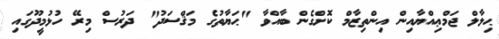
ޙިލާލް ޖަމްޢިއްޔާއިން އިންތިޒާމް ކޮށްގެން ބާއްވާ "ޙަޔާތުގެ މަޤްސަދު" ދަރުސް މިރޭ ހުޅުމީދޫގައި